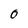
Character: 0